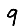
Digit: 9